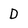
Character: D